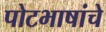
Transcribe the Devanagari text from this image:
पोटभाषांचे